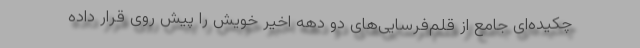
چکیده‌ای جامع از قلم‌فرسایی‌های دو دهه اخیر خویش را پیش روی قرار داده